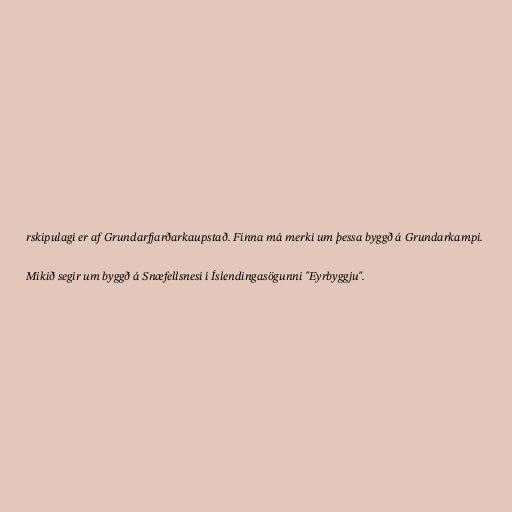
rskipulagi er af Grundarfjarðarkaupstað. Finna má merki um þessa byggð á Grundarkampi.

Mikið segir um byggð á Snæfellsnesi í Íslendingasögunni "Eyrbyggju".